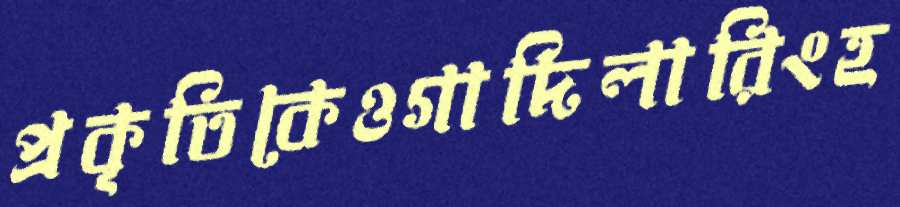
প্রকৃতিকেওগাদিলারিংহ